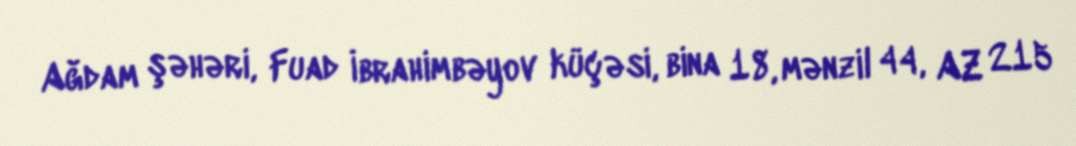
Ağdam şəhəri, Fuad İbrahimbəyov küçəsi, bina 18, mənzil 44, AZ 215